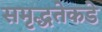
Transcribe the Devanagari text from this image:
समृद्धतेकडे